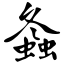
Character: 螽